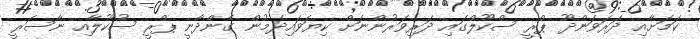
ކަމަށާއި ދަރަވަންދޫ ޕްރީ ސްކޫލްގައި ދަރިވަރުންނަށް ކިޔަވައިދެމުން ގެންދާނީ ޕްރީ ސުކޫލާއި ނާސަރީ